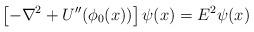
LaTeX: \begin{align*}\left[-\nabla^2 + U''(\phi_0(x))\right]\psi(x) = E^2 \psi(x)\end{align*}